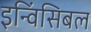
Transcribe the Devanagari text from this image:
इन्विंसिबल